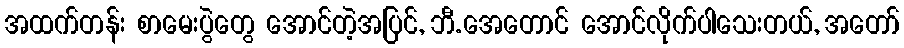
အထက်တန်း စာမေးပွဲတွေ အောင်တဲ့အပြင်, ဘီ.အေတောင် အောင်လိုက်ပါသေးတယ်, အတော်